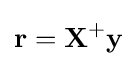
\mathbf {r} =\mathbf {X} ^{+}\mathbf {y}